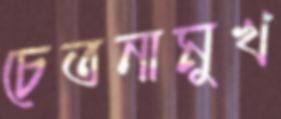
চেতনামুখ